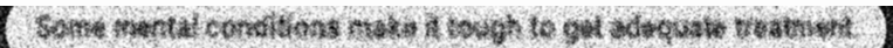
Some mental conditions make it tough to get adequate treatment.